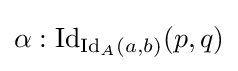
\alpha :\mathrm {Id} _{\mathrm {Id} _{A}(a,b)}(p,q)